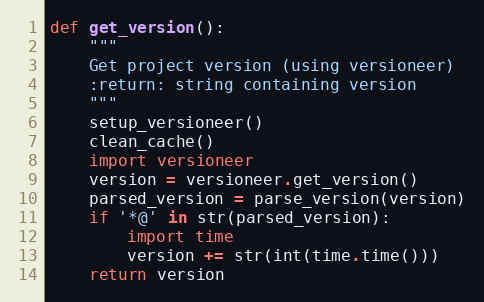
Language: Python
def get_version():
    """
    Get project version (using versioneer)
    :return: string containing version
    """
    setup_versioneer()
    clean_cache()
    import versioneer
    version = versioneer.get_version()
    parsed_version = parse_version(version)
    if '*@' in str(parsed_version):
        import time
        version += str(int(time.time()))
    return version